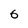
Character: 6